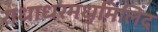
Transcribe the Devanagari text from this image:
राधाधरमधुमिलिंद